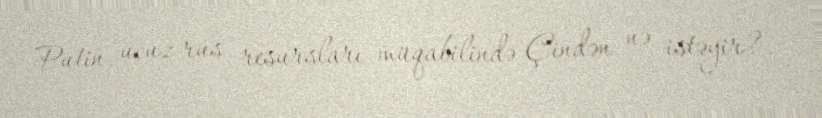
Putin ucuz rus resursları müqabilində Çindən nə istəyir?.